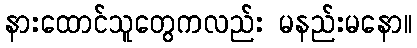
နားထောင်သူတွေကလည်း မနည်းမနော။